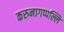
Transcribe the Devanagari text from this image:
करुनागप्पल्लि